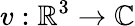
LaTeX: v:\mathbb{R}^{3}\rightarrow\mathbb{C}